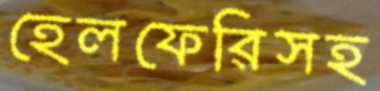
হেলফেরিসহ